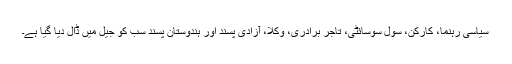
سیاسی رہنما، کارکن، سول سوسائٹی، تاجر برادری، وکلا، آزادی پسند اور ہندوستان پسند سب کو جیل میں ڈال دیا گیا ہے۔